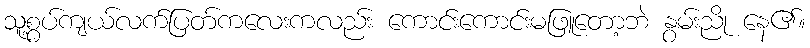
သူ့စွပ်ကျယ်လက်ပြတ်ကလေးကလည်း ကောင်းကောင်းမဖြူတော့ဘဲ နွမ်းညို နေ၏။